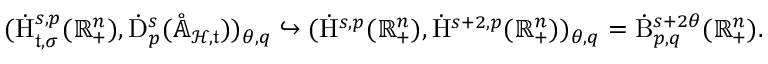
\begin{array} { r } { ( \dot { \mathrm { H } } _ { \mathfrak { t } , \sigma } ^ { s , p } ( \mathbb { R } _ { + } ^ { n } ) , \dot { \mathrm { D } } _ { p } ^ { s } ( \mathring { \mathbb { A } } _ { \mathcal { H } , \mathfrak { t } } ) ) _ { \theta , q } \hookrightarrow ( \dot { \mathrm { H } } ^ { s , p } ( \mathbb { R } _ { + } ^ { n } ) , \dot { \mathrm { H } } ^ { s + 2 , p } ( \mathbb { R } _ { + } ^ { n } ) ) _ { \theta , q } = \dot { \mathrm { B } } _ { p , q } ^ { s + 2 \theta } ( \mathbb { R } _ { + } ^ { n } ) \mathrm { . ~ } } \end{array}